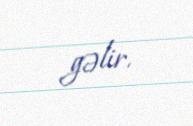
gəlir.